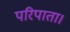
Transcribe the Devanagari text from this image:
परिपाता।